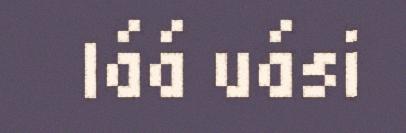
láá uási